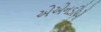
એએનડીએ